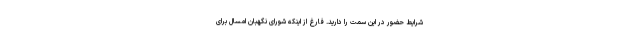
شرایط حضور در این سمت را دارید. فارغ از اینکه شورای نگهبان امسال برای